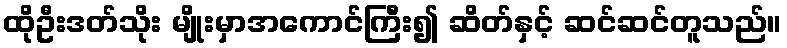
ထိုဦးဒတ်သိုး မျိုးမှာအကောင်ကြီး၍ ဆိတ်နှင့် ဆင်ဆင်တူသည်။